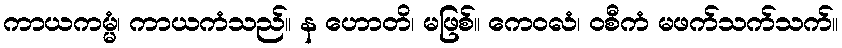
ကာယကမ္မံ၊ ကာယကံသည်။ န ဟောတိ၊ မဖြစ်။ ကေဝလံ၊ ဝစီကံ မဖက်သက်သက်။